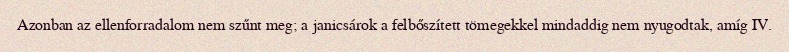
Azonban az ellenforradalom nem szűnt meg; a janicsárok a felbőszített tömegekkel mindaddig nem nyugodtak, amíg IV.